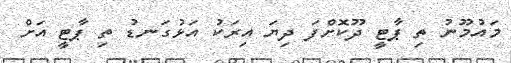
މައުމޫނު ތި ޕާޓީ ދޫކޮށްފަ ދިޔަ އިރަކު އަޅުގަނޑު ތި ޕާޓީ އަށް